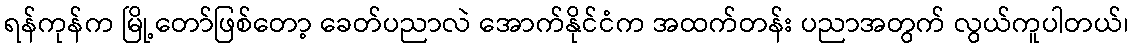
ရန်ကုန်က မြို့တော်ဖြစ်တော့ ခေတ်ပညာလဲ အောက်နိုင်ငံက အထက်တန်း ပညာအတွက် လွယ်ကူပါတယ်၊